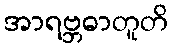
အာရဗ္ဘဓာတူတိ